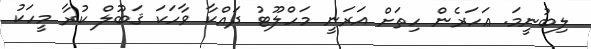
ލިބުނީމަ. ޢަހަރެން ހިތަށް އަރަނީ މަހްލޫޓު ދައްކާ ވާހަކަ ޤަބޫލް ކުރާ މީހަކު